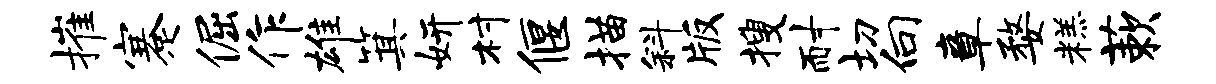
摧蹇倔作雄箕妍村偃描斜版搜耐切向章婺糕蔌